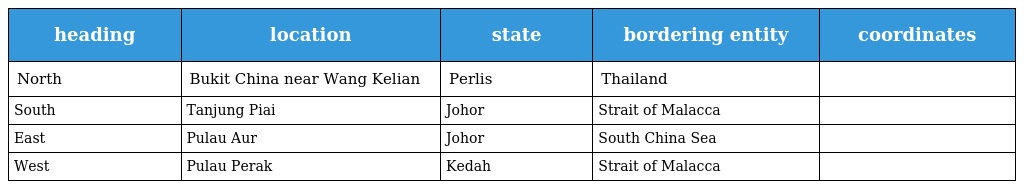
| heading | location | state | bordering entity | coordinates |
 | --- | --- | --- | --- | --- |
 | North | Bukit China near Wang Kelian | Perlis | Thailand |  |
 | South | Tanjung Piai | Johor | Strait of Malacca |  |
 | East | Pulau Aur | Johor | South China Sea |  |
 | West | Pulau Perak | Kedah | Strait of Malacca |  |